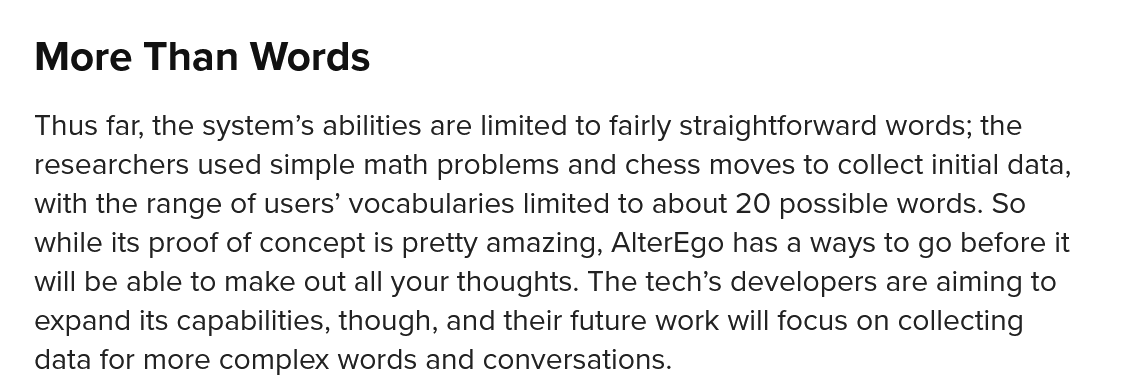
More    Than   Words
   Thus far, the system’s abilities are limited to fairly straightforward words; the
   researchers used simple math problems and chess moves to collect initial data,
   with the range of users’ vocabularies limited to about 20 possible words. So
   while its proof of concept is pretty amazing, AlterEgo has a ways to go before it
   will be able to make out all your thoughts. The tech’s developers are aiming to
   expand its capabilities, though, and their future work will focus on collecting
   data for more complex words and conversations.